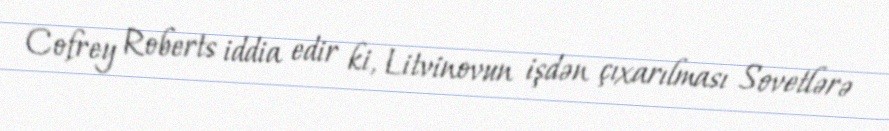
Cofrey Roberts iddia edir ki, Litvinovun işdən çıxarılması Sovetlərə